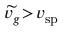
\widetilde { v _ { g } } \! > \! v _ { \mathrm { s p } }